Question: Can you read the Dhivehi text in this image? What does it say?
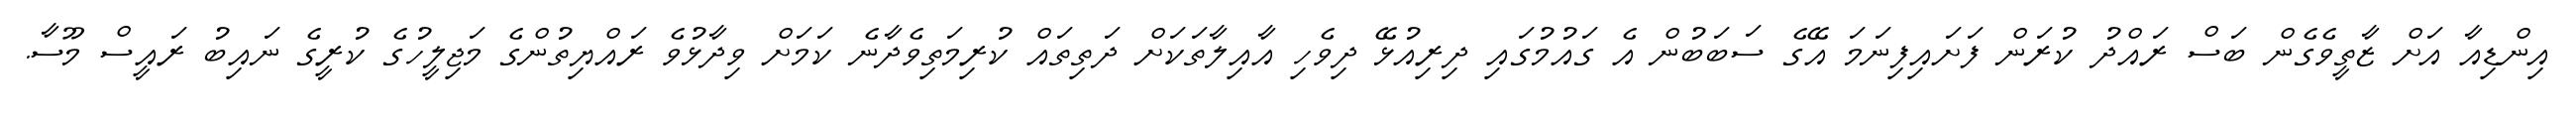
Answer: އިންޑިއާ އަށް ޒާތީވެގެން ބަސް ރައްދު ކުރަން ފަށައިފިނަމަ އޭގެ ސަބަބުން އެ ގައުމުގައި ދިރިއުޅޭ ދިވެހި އާއިލާތަކަށް ދަތިތައް ކުރިމަތިވެދާނެ ކަމަށް ވިދާޅުވެ ރައްޔިތުންގެ މަޖިލީހުގެ ކުރީގެ ނައިބު ރައީސް މޫސާ.